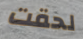
لحقت